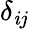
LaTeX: \delta_{\mathit{i}j}